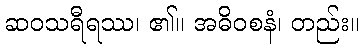
ဆဝသရီရဿ၊ ၏။ အဓိဝစနံ၊ တည်း။